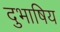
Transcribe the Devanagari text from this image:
दुभाषिय